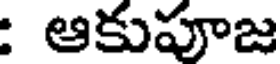
: ఆకుపూజ